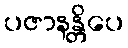
ပဇာနန္တိပေ